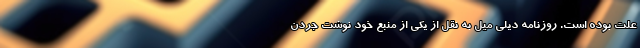
علت بوده است. روزنامه دیلی میل به نقل از یکی از منبع خود نوشت جردن